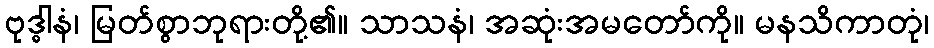
ဗုဒ္ဓါနံ၊ မြတ်စွာဘုရားတို့၏။ သာသနံ၊ အဆုံးအမတော်ကို။ မနသိကာတုံ၊